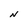
Character: N